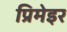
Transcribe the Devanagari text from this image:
प्रिमेइर